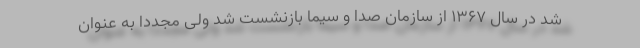
شد در سال ۱۳۶۷ از سازمان صدا و سیما بازنشست شد ولی مجدداً به عنوان